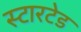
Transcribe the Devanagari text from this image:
स्टारटेड